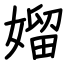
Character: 媹